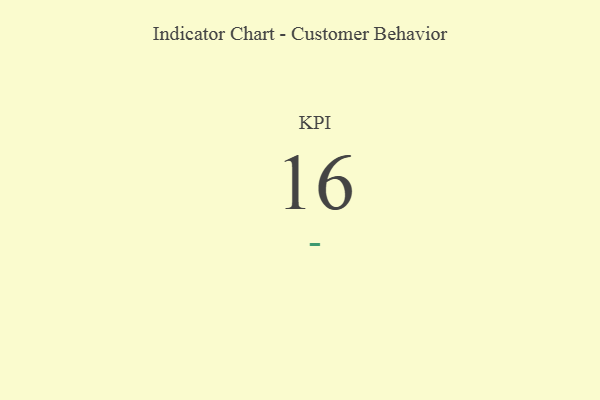
{"axis": {"x": "KPI", "y": "Value"}, "legend": [""], "data": [{"x": "KPI", "y": 16, "type": ""}]}